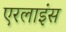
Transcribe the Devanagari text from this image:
एरलाइंस